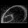
Digit: ၈